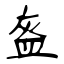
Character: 盔